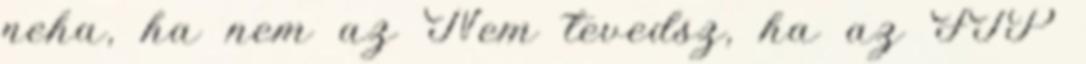
neha, ha nem az Nem tevedsz, ha az FTP